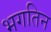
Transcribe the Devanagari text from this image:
भगतिन